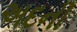
અદની